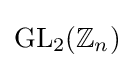
{\text{GL}}_{2}(\mathbb {Z} _{n})